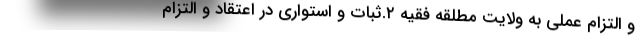
و التزام عملی به ولایت مطلقه فقیه ۲.ثبات و استواری در اعتقاد و التزام